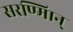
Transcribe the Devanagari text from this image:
सरण्मािन्‌